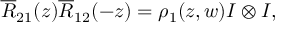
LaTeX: \overline { { { R } } } _ { 2 1 } ( z ) \overline { { { R } } } _ { 1 2 } ( - z ) = \rho _ { 1 } ( z , w ) I \otimes I ,